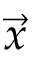
\vec { x }